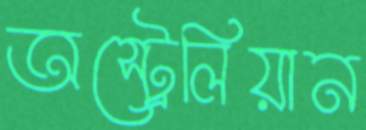
অস্ট্রেলিয়ান